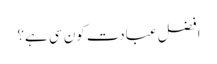
افضل عبادت کون سی ہے؟